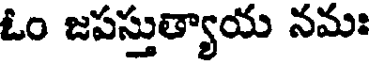
ఓం జపస్తుత్యాయ నమః